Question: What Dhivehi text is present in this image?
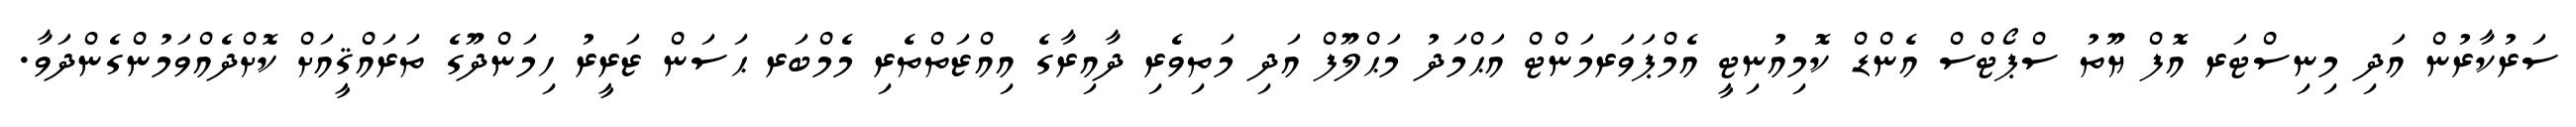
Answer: ސަރުކާރުން އަދި މިނިސްޓަރ އޮފް ޔޫތު ސްޕޯޓްސް އެންޑް ކޮމިއުނިޓީ އެމްޕަވަރމަންޓް އަޙްމަދު މަޙްލޫފް އަދި މަތިވެރި ދާއިރާގެ އިއްޒަތްތެރި މެމްބަރ ޙަސަން ޒަރީރު ހިމަންދޫގެ ތަރައްޤީއަށް ކޮށްދެއްވަމުންގެންދަވާ.